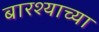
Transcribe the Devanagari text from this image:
बारश्याच्या